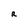
Character: R